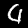
Label: 4